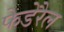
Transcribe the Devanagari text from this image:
फेडेरैल